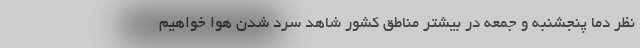
نظر دما پنجشنبه و جمعه در بیشتر مناطق کشور شاهد سرد شدن هوا خواهیم